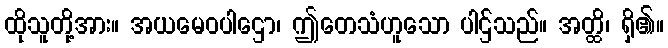
ထိုသူတို့အား။ အယမေဝပါဌော၊ ဤတေသံဟူသော ပါဌ်သည်။ အတ္ထိ၊ ရှိ၏။